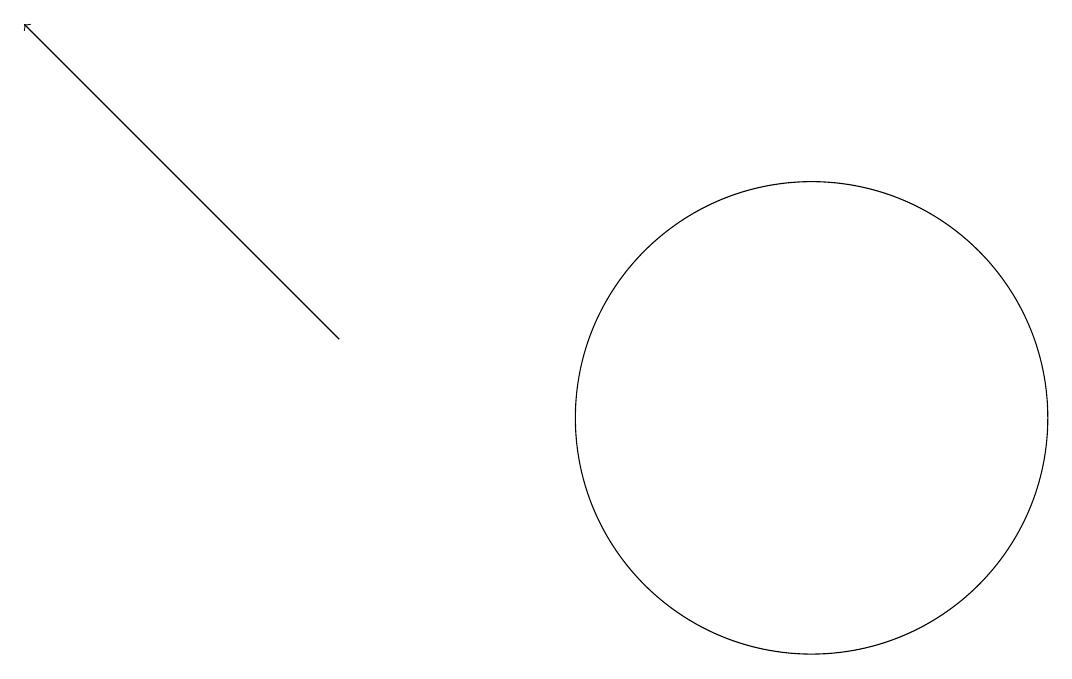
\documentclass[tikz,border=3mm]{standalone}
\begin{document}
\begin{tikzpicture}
\draw (11,12) circle (3);
\draw[->] (5,13) -- (1,17);
\draw (12,10) circle (0);
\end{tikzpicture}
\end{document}